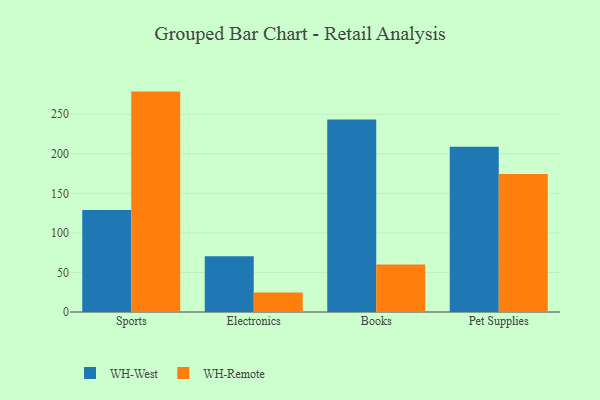
{"axis": {"x": "Category", "y": "Energy Usage (MWh)"}, "legend": ["WH-Remote", "WH-West"], "data": [{"x": "Sports", "y": 129.0, "type": "WH-West"}, {"x": "Sports", "y": 278.6, "type": "WH-Remote"}, {"x": "Electronics", "y": 70.5, "type": "WH-West"}, {"x": "Electronics", "y": 24.6, "type": "WH-Remote"}, {"x": "Books", "y": 243.2, "type": "WH-West"}, {"x": "Books", "y": 60.1, "type": "WH-Remote"}, {"x": "Pet Supplies", "y": 208.9, "type": "WH-West"}, {"x": "Pet Supplies", "y": 174.4, "type": "WH-Remote"}]}